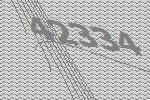
42334